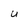
Character: u